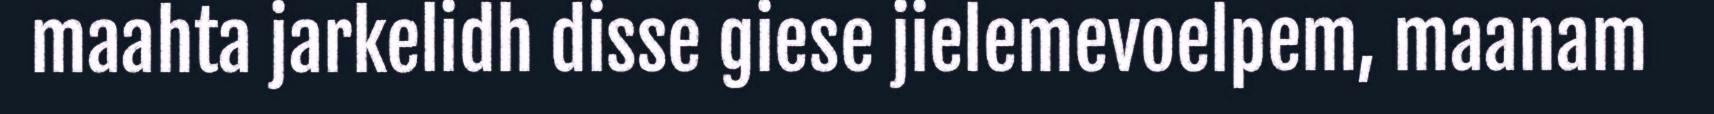
maahta jarkelidh disse giese jielemevoelpem, maanam